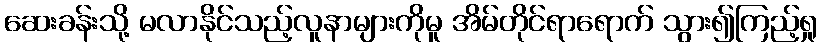
ဆေးခန်းသို့ မလာနိုင်သည့်လူနာများကိုမူ အိမ်တိုင်ရာရောက် သွား၍ကြည့်ရှု